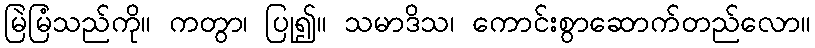
မြဲမြံသည်ကို။ ကတွာ၊ ပြု၍။ သမာဒိသ၊ ကောင်းစွာဆောက်တည်လော။